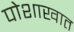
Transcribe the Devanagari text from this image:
पोशाखात